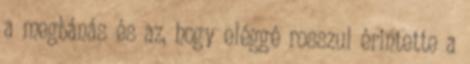
a megbánás és az, hogy eléggé rosszul érintette a